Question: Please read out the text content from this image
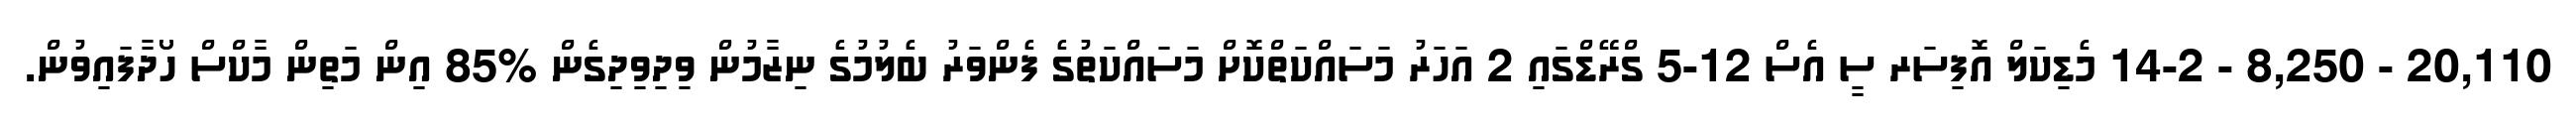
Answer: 20,110 - 8,250 - 14-2 މެޑިކަލް އޮފިސަރ ސީ އެސް 12-5 ގްރޭޑްގައި 2 އަހަރު މަސައްކަތްކޮށް މަސައްކަތުގެ ފެންވަރު ބެލުމުގެ ނިޒާމުން ވިދިވިދިގެން %85 އިން މަތިން މާކްސް ހޯދާފައިވުން.